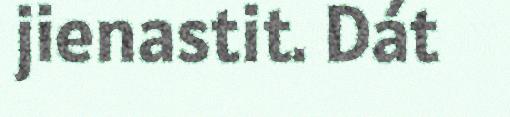
jienastit. Dát